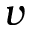
v